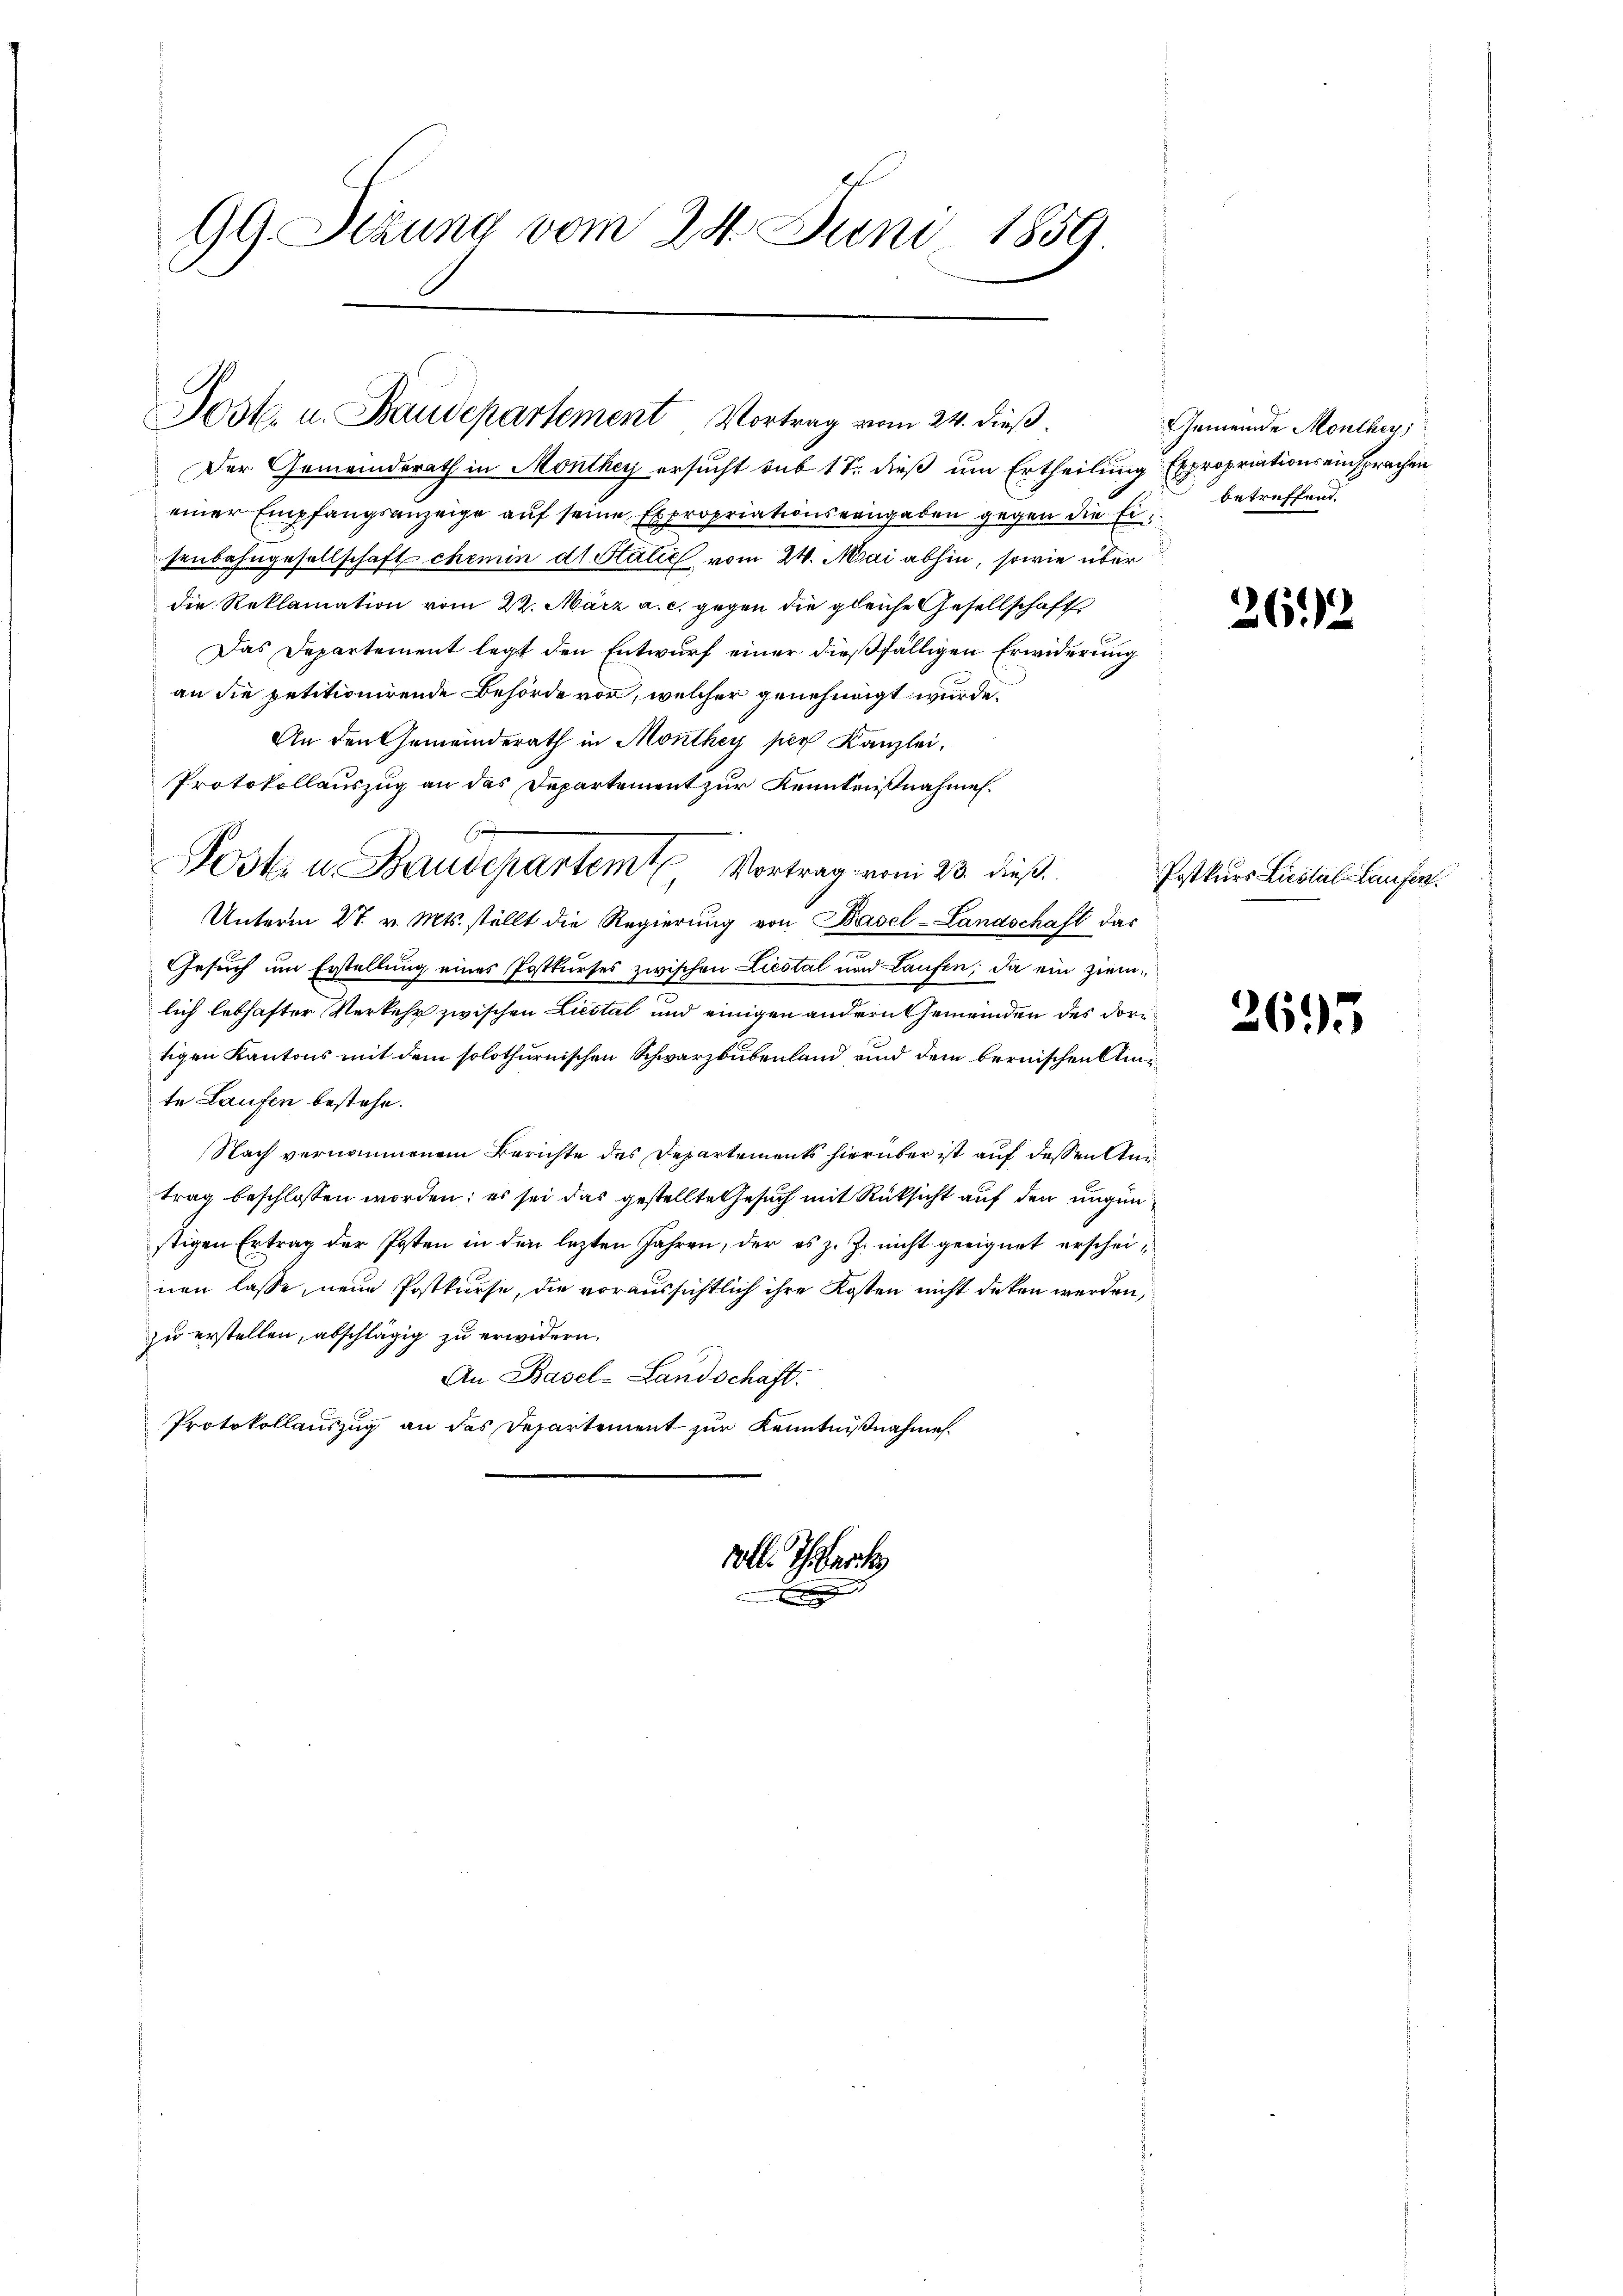
99. Sezung vom 24. Juni 1859.

Jost u. Baudepartement Vortrag vom 24. dieß.

Der Gemeinderath in Monthey ersucht sub 17 dieß um Ertheilung Expropriationseinsprachen
einer Empfangsanzeige auf seine Expropriationsangaben gegen die Ein betreffend.
senbahngesellschaft chemin dt. Stälić vom 24. Mai abhin, sowie über
die Reklamation vom 22. März a. c. gegen die gleiche Gesellschafts
Das Departement legt den Entwurf einer dießfälligen Erwiderung
an die petitionirende Behörde vor, welcher genehmigt wurde.
An den Gemeinderath in Monthey per Kanzlei,
Protokollauszug an das Departement zur Kenntnißnahmen.
Unterm 27. v. Mts. stellt die Regierung von Basel-Landschaft das
Gesuch um Erstellung eines Postkurses zwischen Liestal und Laufen; da ein ziemlich lebhafter Verkehr zwischen Liestal und einigen andern Gemeinden des dortigen Kantons mit dem solothurnischen Schwarzbubenland und dem bernischen Umte Laufen bestehe.
Nach vernommenem Berichte des Departements hierüber ist auf dessen Antrag beschlossen worden: es sei das gestellte Gesuch mit Rücksicht auf den ungünstigen Ertrag der Posten in den lezten Jahren, der es z. Z. nicht geeignet erscheinen lasse, neue Postkurse, die voraussichtlich ihre Kosten nicht deken werden,
zu erstellen, abschlägig zu erwidern.
An Basel-Landschaft.
Protokollauszug an das Departement zur Kenntnißnahme.

Post u. Baudepartemt Vortrag vom 23. dieß.

voll Therh

Gemeinde Monther,

262

Postkurs Liestal-Laufen.

2695